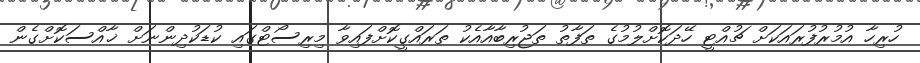
ހުރިހާ އުމުރުފުރައަކަށް ޗުއްޓީ ހޭދަކޮށްލުމުގެ ތަފާތު ތަޖުރިބާއާއެކު ތަރައްގީކޮށްފައިވާ މިރިސޯޓްގައި ކުޑަކުދިންނަށް ޚާއްސަކޮށްގެން